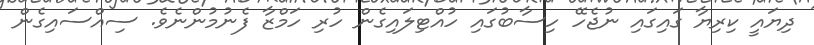
ދިޔައީ ކިރިޔާ ގައިގައި ނުޖެހޭ ހިސާބުގައި ހުއްޓިލައިގެން ހުރި ހަމްޒާ ފެނުމުންނެވެ. ސިއްސައިގެން